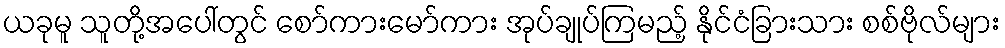
ယခုမူ သူတို့အပေါ်တွင် စော်ကားမော်ကား အုပ်ချုပ်ကြမည့် နိုင်ငံခြားသား စစ်ဗိုလ်များ